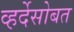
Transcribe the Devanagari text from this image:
व्हर्देसोबत